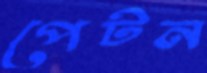
পেটন